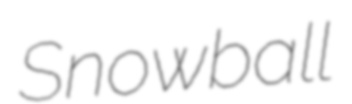
Snowball